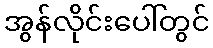
အွန်လိုင်းပေါ်တွင်